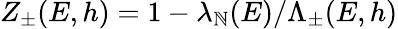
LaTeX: Z_{\pm}(E,h)=1-\lambda_{\mathbb{N}}(E)/\Lambda_{\pm}(E,h)